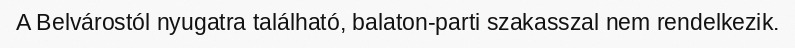
A Belvárostól nyugatra található, balaton-parti szakasszal nem rendelkezik.